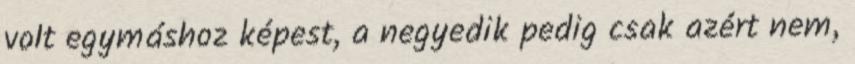
volt egymáshoz képest, a negyedik pedig csak azért nem,